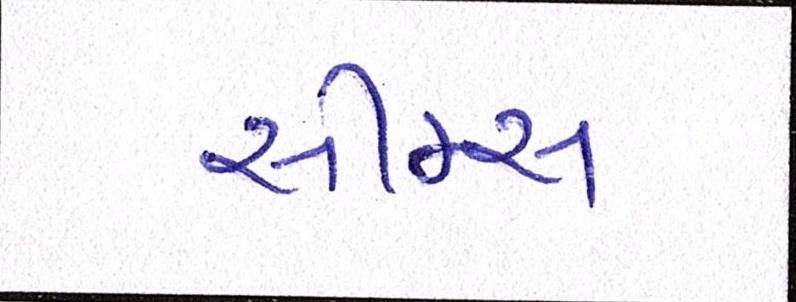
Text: સીમ્સ